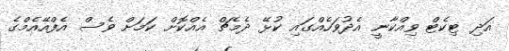
އަދި ޓިކެޓް ވިއްކާނީ އެދުވަހެއްގައި ކުޅޭ ދެމެޗް އެއްކޮށް ކަމަށް ވެސް އެފްއޭއެމްގެ